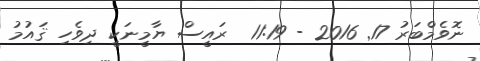
ނޮވެމްބަރު 17